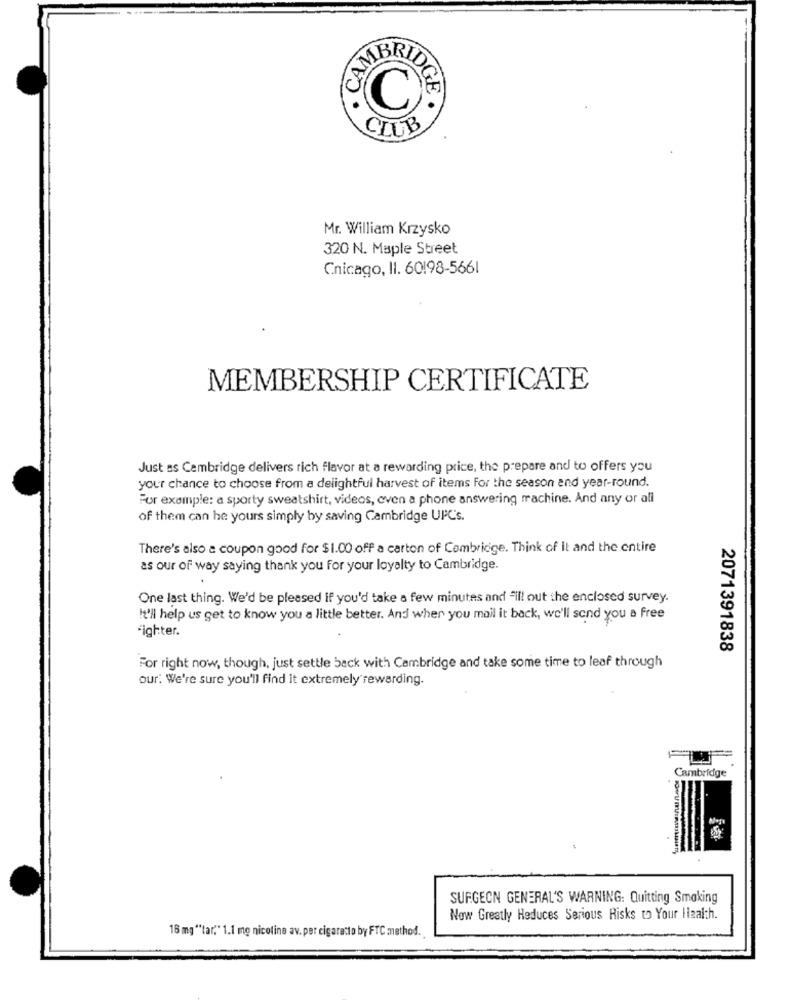
CAMLE
ADGE .
Mr. William Krzysko
320 N. Maple Street
Chicago, Il. 60198-5661
MEMBERSHIP CERTIFICATE
Just as Cambridge delivers rich flavor at a rewarding price, the prepare and to offers you
your chance to choose from a delightful harvest of items for the season and year-round.
For example: a sporty sweatshirt, videos, even a phone answering machine. And any or all
of them can he yours simply by saving Cambridge UPC's.
There's also a coupon good for $1.00 off a carton of Cambridge. Think of it and the entire
as our of way saying thank you for your loyalty to Cambridge.
One last thing. We'd be pleased if you'd take a few minutes and "il! out the enclosed survey.
It'll help us get to know you a little better. And when you mail it back, we'll send you a free
-ighter.
2071391838
For right now, though, just settle back with Cambridge and take some time to leaf through
our. We're sure you'll find it extremely rewarding.
Cambridge
SURGEON GENERAL'S WARNING: Quitting Smoking
Now Greatly Reduces Serious Risks to Your Health.
16 mg ""tar," 1.1 mg nicoline av. per cigaratto by FTC method.